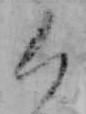
く